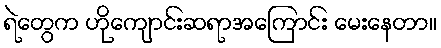
ရဲတွေက ဟိုကျောင်းဆရာအကြောင်း မေးနေတာ။